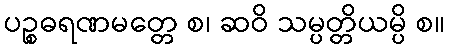
ပဉ္စဓရဏမတ္တေ စ၊ ဆဝိ သမ္ပတ္တိယမ္ပိ စ။